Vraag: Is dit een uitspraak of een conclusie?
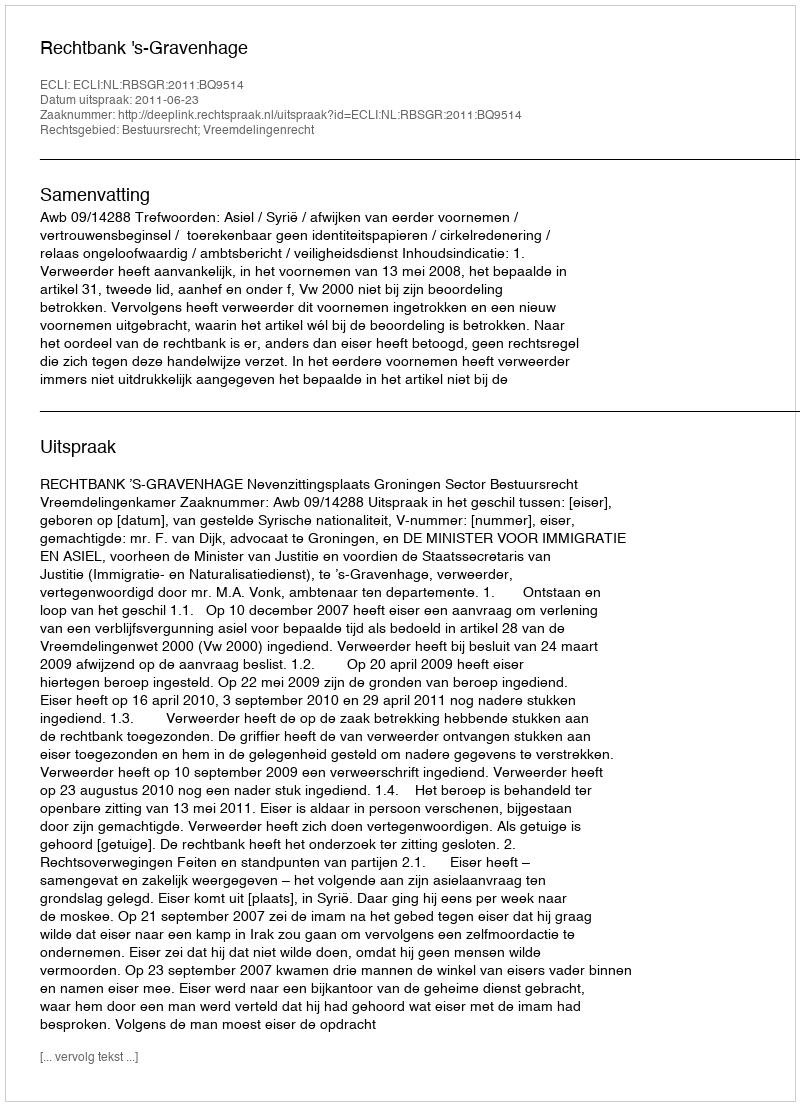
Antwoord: Uitspraak